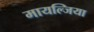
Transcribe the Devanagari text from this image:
मायल्जिया